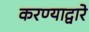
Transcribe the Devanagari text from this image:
करण्याद्वारे